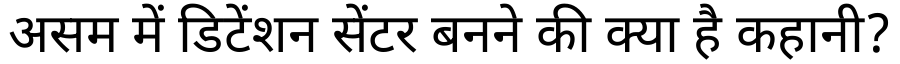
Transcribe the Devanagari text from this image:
असम में डिटेंशन सेंटर बनने की क्या है कहानी?